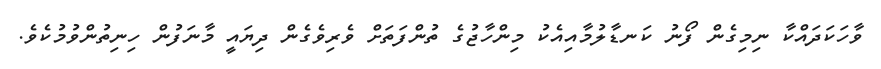
ވާހަކަދައްކާ ނިމިގެން ފޯނު ކަނޑާލުމާއިއެކު މިންހާޖުގެ ތުންފަތަށް ވެރިވެގެން ދިޔައީ މާނަފުން ހިނިތުންވުމުކެވެ.